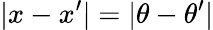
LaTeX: \lvert x-x^{\prime}\rvert=\lvert\theta-\theta^{\prime}\rvert